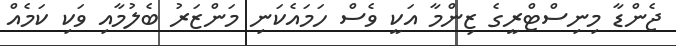
ޖެންޑާ މިނިސްޓްރީގެ ޒިންމާ އަކީ ވެސް ހަމައެކަނި މަންޒަރު ބެލުމާއި ވަކި ކަމެއް